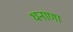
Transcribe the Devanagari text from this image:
धनाणा